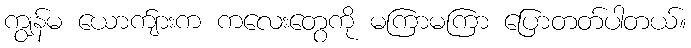
ကျွန်မ ယောက်ျားက ကလေးတွေကို မကြာမကြာ ပြောတတ်ပါတယ်။